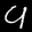
Label: 9